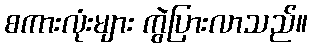
စကားလုံးများ ကွဲပြားလာသည်။